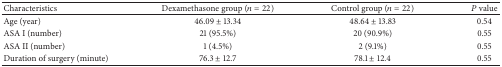
<table><thead><tr><td><b>Characteristics</b></td><td><b>Dexamethasone group (<i>n</i> = 22)</b></td><td><b>Control group (<i>n</i> = 22)</b></td><td><b><i>P</i> value</b></td></tr></thead><tbody><tr><td>Age (year)</td><td>46.09 ± 13.34</td><td>48.64 ± 13.83</td><td>0.54</td></tr><tr><td>ASA I (number)</td><td>21 (95.5%)</td><td>20 (90.9%)</td><td>0.55</td></tr><tr><td>ASA II (number)</td><td>1 (4.5%)</td><td>2 (9.1%)</td><td>0.55</td></tr><tr><td>Duration of surgery (minute)</td><td>76.3 ± 12.7</td><td>78.1 ± 12.4</td><td>0.55</td></tr></tbody></table>